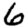
Digit: 6